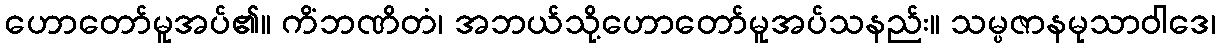
ဟောတော်မူအပ်၏။ ကိံဘဏိတံ၊ အဘယ်သို့ဟောတော်မူအပ်သနည်း။ သမ္ပဇာနမုသာဝါဒေ၊